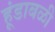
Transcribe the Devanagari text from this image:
हूंडाबळी